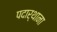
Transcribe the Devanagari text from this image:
पदार्थाना